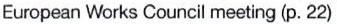
European Works Council meeting (p. 22)